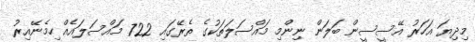
މިދިޔަ އަހަރު އޭސީސީން ބަލަން ނިންމި މައްސަލަތަކުގެ ތެރޭގައި 722 މައްސަލައެއް ހިމެނޭއިރު